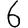
Digit: 6